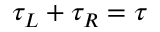
\tau _ { L } + \tau _ { R } = \tau